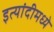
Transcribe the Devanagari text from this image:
इत्यांदीमध्ये